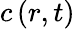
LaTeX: c\left(r,t\right)